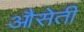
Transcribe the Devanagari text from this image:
औसेती